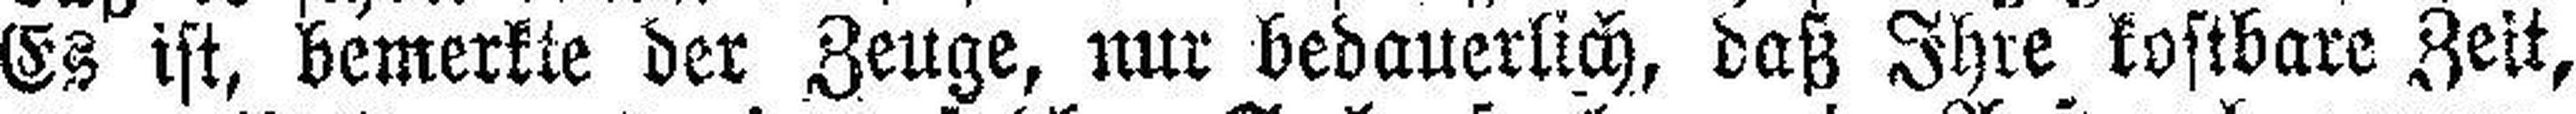
Es ist, bemerkte der Zeuge, nur bedauerlich, daß Ihre kostbare Zeit,